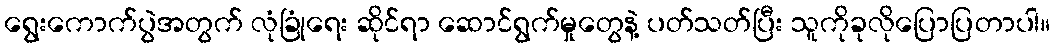
ရွေးကောက်ပွဲအတွက် လုံခြုံရေး ဆိုင်ရာ ဆောင်ရွက်မှုတွေနဲ့ ပတ်သတ်ပြီး သူကိုခုလိုပြောပြတာပါ။